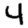
Digit: 4